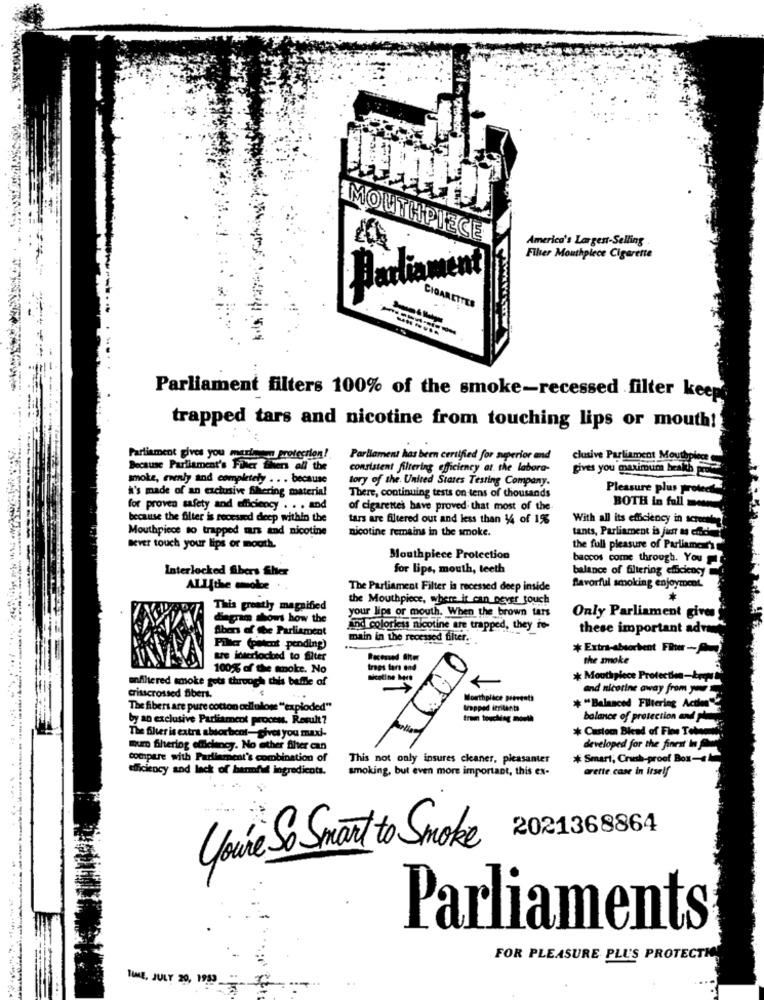
MOUTHPIECE
America's Largest-Selling
Filter Mouthpiece Cigarette
Parliament
CIGARETT
Parliament filters 100% of the smoke-recessed filter keep
trapped tars and nicotine from touching lips or mouth!
Parliament gives you manla protection!
Parliament has been certified for neperior and
clusive Parliament Mouthpie
Because Parliament's Filer then all the
consistent filtering efficiency at the labora-
gives you maximum health
smoke, evenly and completely . . . because
tory of the United States Testing Company.
a's made of an exclusive Shering material
Pleasure plus protects
There, continuing tests on tens of thousands
for proven safety and efficiency . . . and
of cigarettes have proved that most of the
BOTH in full moon
because the filter is recessed deep within the
tars are filtered out and less than 14 of 1%
With all its efficiency in screente
Mouthpiece to trapped tus and nicotine
nicotine remains in the smoke.
tants, Parliament is just a effet
Bever touch your lips or mouth.
the full pleasure of Parliament's
Mouthpiece Protection
baccos come through. You
Interlocked Sihers Sher
for Lips, mouth, teeth
balance of filtering efficiency
ALLthe smoke
The Parliament Filter is recessed deep inside
flavorful smoking enjoyment.
the Mouthpiece, where it can never touch
This greatly magnified
your lips or mouth. When the brown tars
diagram shows how the
Only Parliament gives
Silben of Ge Parliament
and colorieus nicotine are trapped, they io-
these important adra
main in the recessed filter.
Pilar (patent pending)
* Extra-absorbent Faut-
Le interiocibed to filter
the smoke
100% of the smoke. No
tres fars end
unfiltered smoke gets through this baffle of
* Mouthpiece Protection-
and nicotine away from
crisscrossed Bibert.
...
Mouthplace prevents
* "Balanced Filtering Action"
The fibers are pure cotton cellulose "exploded"
trapped irritanta
by an exclusive Parliament process. Result?
tran touching mouth
balance of protection
The fler is extra absorbent-gives you maxi-
0001
* Custom Blend of Fine Total
mum fihering efficiency. No ether fiher can
developed for the finest'in
compare with Parliament's combination of
This not only insures cleaner, pleasanter
* Smart, Crush-proof Box-
efficiency and lack of harmful ingredients.
smoking, but even more important, this ex-
arette.case in itself
2021368864
You're So Smart to Smoke
Parliaments
FOR PLEASURE PLUS PROTECTK
TIME, JULY 20, 1950 -